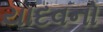
યાદવનો